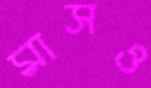
মাসও